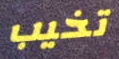
تخيب